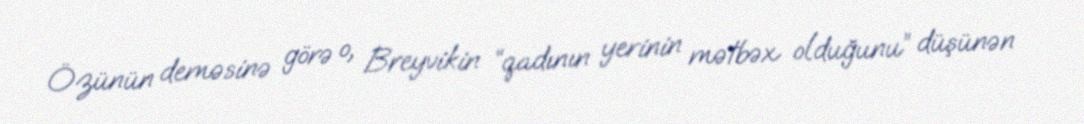
Özünün deməsinə görə o, Breyvikin “qadının yerinin mətbəx olduğunu” düşünən